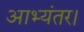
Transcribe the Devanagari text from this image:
आभ्यंतर।